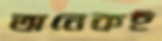
অনেকই